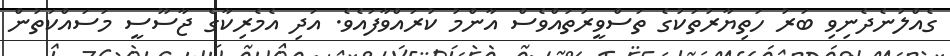
ގެއްލުނެދެނިވި ބަރު ހަތިޔާރުތަކުގެ ތަސްވީރުތައްވެސް އާންމު ކުރައްވާފައެވެ. އަދި އެމެރިކާގެ ޖާސޫސީ މަސައްކަތުން